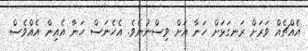
އެއްޗެއް ވަރަށް ރަނގަޅަށް ހަނާ އަށް ވިސްނުނެވެ. އެހެނަސް ހަނާ އެއިން އެއްވެސް